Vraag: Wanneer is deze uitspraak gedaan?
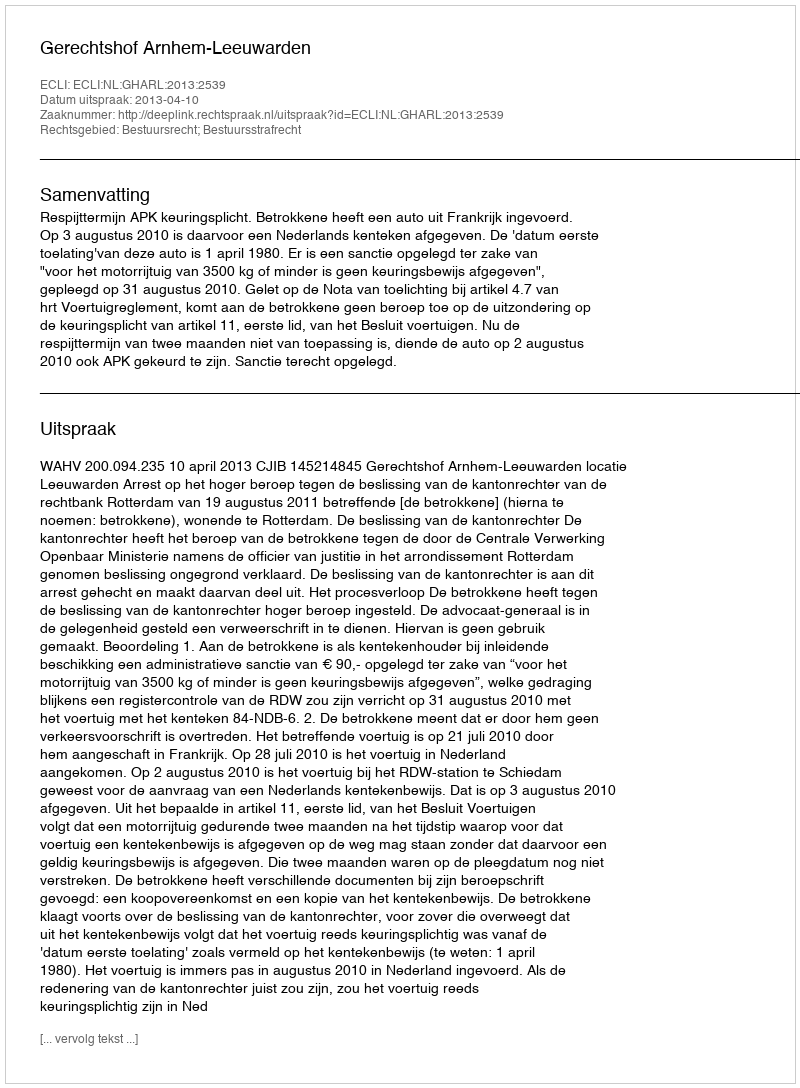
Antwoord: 2013-04-10